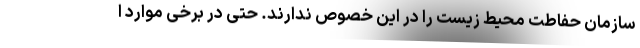
سازمان حفاطت محیط زیست را در این خصوص ندارند. حتی در برخی موارد ا